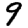
Digit: 9